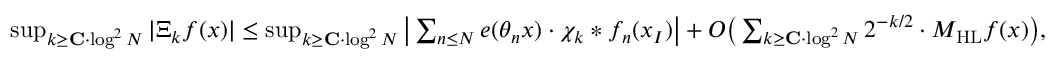
\begin{array} { r } { \operatorname* { s u p } _ { k \geq \mathbf { C } \cdot \log ^ { 2 } N } | \Xi _ { k } f ( x ) | \leq \operatorname* { s u p } _ { k \geq \mathbf { C } \cdot \log ^ { 2 } N } \big | \sum _ { n \leq N } e ( \theta _ { n } x ) \cdot \chi _ { k } * f _ { n } ( x _ { I } ) \big | + O \big ( \sum _ { k \geq \mathbf { C } \cdot \log ^ { 2 } N } 2 ^ { - k / 2 } \cdot M _ { \mathrm { H L } } f ( x ) \big ) , } \end{array}